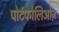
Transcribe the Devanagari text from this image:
पोर्टफोलिओज़